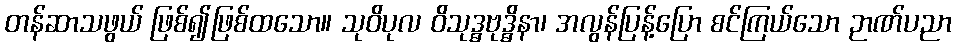
တန်ဆာသဖွယ် ဖြစ်၍ဖြစ်ထသော။ သုဝိပုလ ဝိသုဒ္ဓဗုဒ္ဓိနာ၊ အလွန်ပြန့်ပြော စင်ကြယ်သော ဉာဏ်ပညာ